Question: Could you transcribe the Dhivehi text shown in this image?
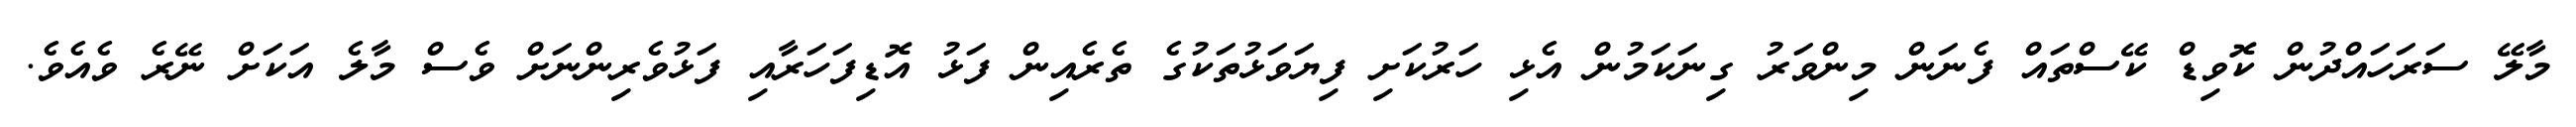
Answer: މާލޭ ސަރަހައްދުން ކޮވިޑް ކޭސްތައް ފެނަން މިންވަރު ގިނަކަމުން އެޅި ހަރުކަށި ފިޔަވަޅުތަކުގެ ތެރެއިން ފަޅު އޮޑިފަހަރާއި ފަޅުވެރިންނަށް ވެސް މާލެ އަކަށް ނޭރެ ވެއެވެ.